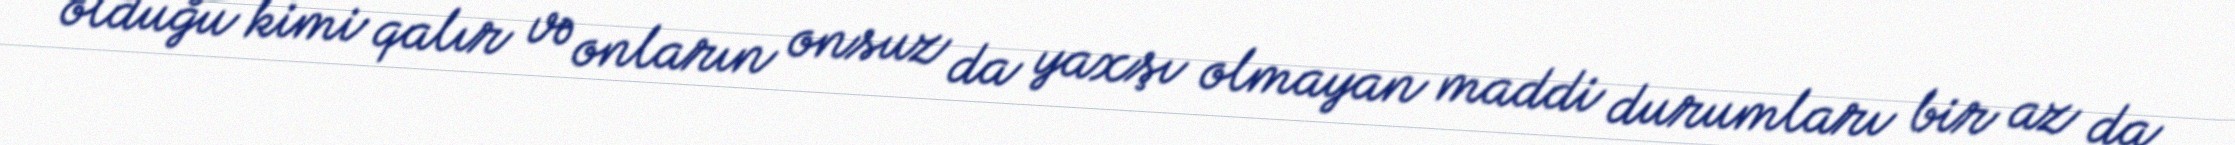
olduğu kimi qalır və onların onsuz da yaxşı olmayan maddi durumları bir az da